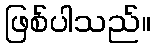
ဖြစ်ပါသည်။